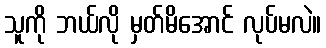
သူကို ဘယ်လို မှတ်မိအောင် လုပ်မလဲ။